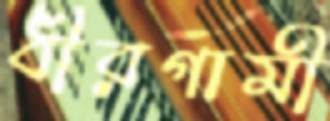
ধীরগামী